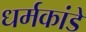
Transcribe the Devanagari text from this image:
धर्मकांडे